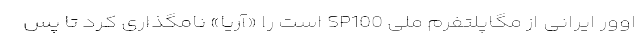
اوور ایرانی از مگاپلتفرم ملی SP100 است را «آریا» نامگذاری کرد تا پس